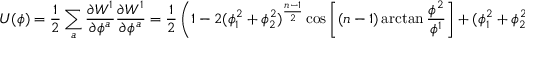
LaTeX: U ( \phi ) = \frac { 1 } { 2 } \sum _ { a } \frac { \partial W ^ { 1 } } { \partial \phi ^ { a } } \frac { \partial W ^ { 1 } } { \partial \phi ^ { a } } = \frac { 1 } { 2 } \left( 1 - 2 ( \phi _ { 1 } ^ { 2 } + \phi _ { 2 } ^ { 2 } ) ^ { \frac { n - 1 } { 2 } } \cos \left[ ( n - 1 ) \arctan \frac { \phi ^ { 2 } } { \phi ^ { 1 } } \right] + ( \phi _ { 1 } ^ { 2 } + \phi _ { 2 } ^ { 2 } ) ^ { n - 1 } \right)